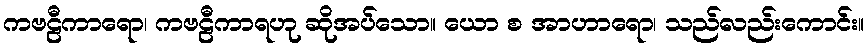
ကဗဠီကာရော၊ ကဗဠီကာရဟု ဆိုအပ်သော။ ယော စ အာဟာရော၊ သည်လည်းကောင်း။